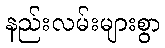
နည်းလမ်းများစွာ